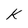
Character: K